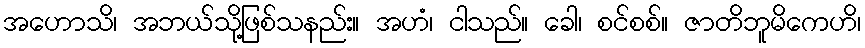
အဟောသိ၊ အဘယ်သို့ဖြစ်သနည်း။ အဟံ၊ ငါသည်။ ခေါ၊ စင်စစ်။ ဇာတိဘူမိကေဟိ၊